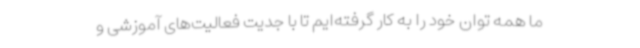
ما همه توان خود را به کار گرفته‌ایم تا با جدیت فعالیت‌های آموزشی و